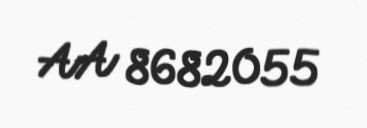
AA 8682055